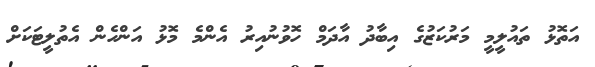
އަތޮޅު ތައުލީމީ މަރުކަޒުގެ އިބާދު އާދަމް ހޮވުނުއިރު އެންމެ މޮޅު އަންހެން އެތުލީޓަކަށް